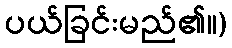
ပယ်ခြင်းမည်၏။)